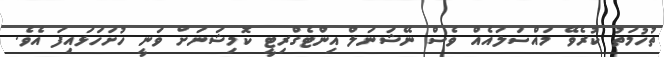
ތުހުމަތު ކުރެވޭ މައްސަލައެއް ވެސް ނޭޝަނަލް އިންޓެގްރިޓީ ކޮމިޝަނަށް ވަނީ ހުށަހަޅައިފަ އެވެ.